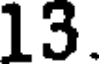
13.